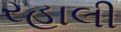
રહાલી